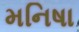
મનિષા